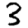
Digit: 3